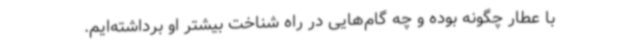
با عطار چگونه بوده و چه گام‌هایی در راه شناخت بیشتر او برداشته‌ایم.